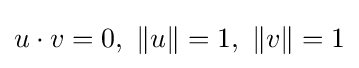
u\cdot v=0,\,\,\|u\|=1,\,\,\|v\|=1